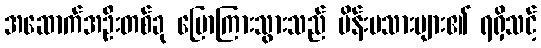
အဆောက်အဦးတစ်ခု ပြောကြားသွားသည် မိန်းမသားများ၏ ရရှိသင့်